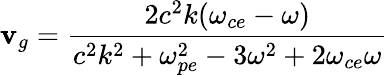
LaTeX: \mathbf{v}_{g}=\frac{{2c^{2}k(\omega_{ce}-\omega)}}{{c^{2}k^{2}+\omega_{pe}^{2}-3\omega^{2}+2\omega_{ce}\omega}}